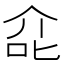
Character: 㖋